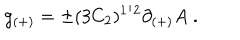
LaTeX: g _ { ( + ) } = \pm ( 3 C _ { 2 } ) ^ { 1 / 2 } \partial _ { ( + ) } A \; .